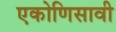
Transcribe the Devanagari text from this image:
एकोणिसावी